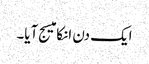
ایک دن انکا میسج آیا۔